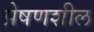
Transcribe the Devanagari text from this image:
प्रेषणशील